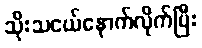
သိုးသငယ်နောက်လိုက်ပြီး